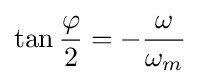
\tan {\frac {\varphi }{2}}=-{\frac {\omega }{\omega _{m}}}